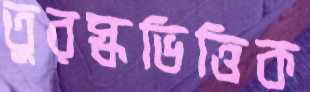
তুরস্কভিত্তিক